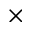
\times